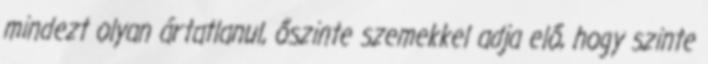
mindezt olyan ártatlanul, őszinte szemekkel adja elő, hogy szinte